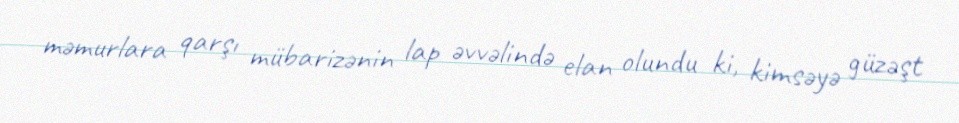
məmurlara qarşı mübarizənin lap əvvəlində elan olundu ki, kimsəyə güzəşt